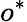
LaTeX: o^{*}